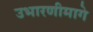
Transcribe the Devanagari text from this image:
उभारणीमागे